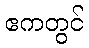
ဧကတွင်